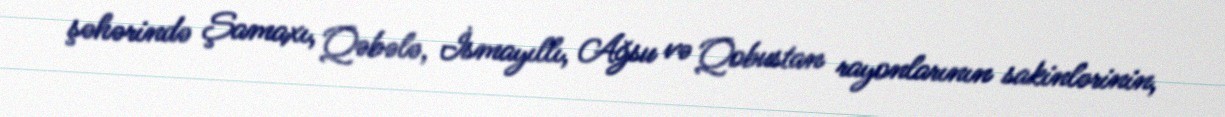
şəhərində Şamaxı, Qəbələ, İsmayıllı, Ağsu və Qobustan rayonlarının sakinlərinin,